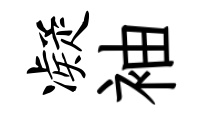
凝袖